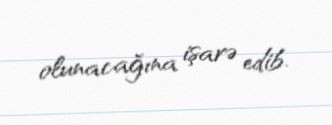
olunacağına işarə edib.